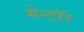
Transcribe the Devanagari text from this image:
मेन्टॉर